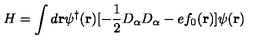
H = \int d { \bf r } \psi ^ { \dagger } ( { \bf r } ) [ - \frac { 1 } { 2 } D _ { \alpha } D _ { \alpha } - e f _ { 0 } ( { \bf r } ) ] \psi ( { \bf r } )